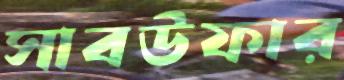
সাবউফার